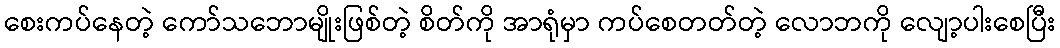
စေးကပ်နေတဲ့ ကော်သဘောမျိုးဖြစ်တဲ့ စိတ်ကို အာရုံမှာ ကပ်စေတတ်တဲ့ လောဘကို လျော့ပါးစေပြီး